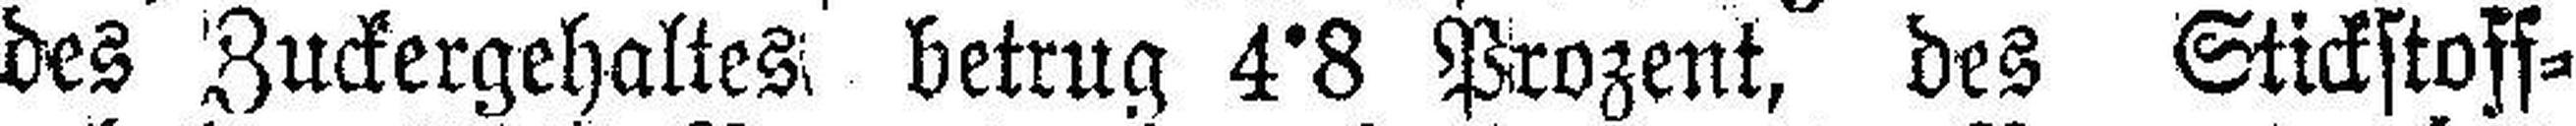
des Zuckergehaltes, betrug 4°8 Prozent, des Stickstoff¬